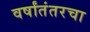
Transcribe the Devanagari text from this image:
वर्षांतंतरचा